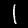
Digit: 1